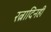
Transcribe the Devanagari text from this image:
रत्नादिनहीं